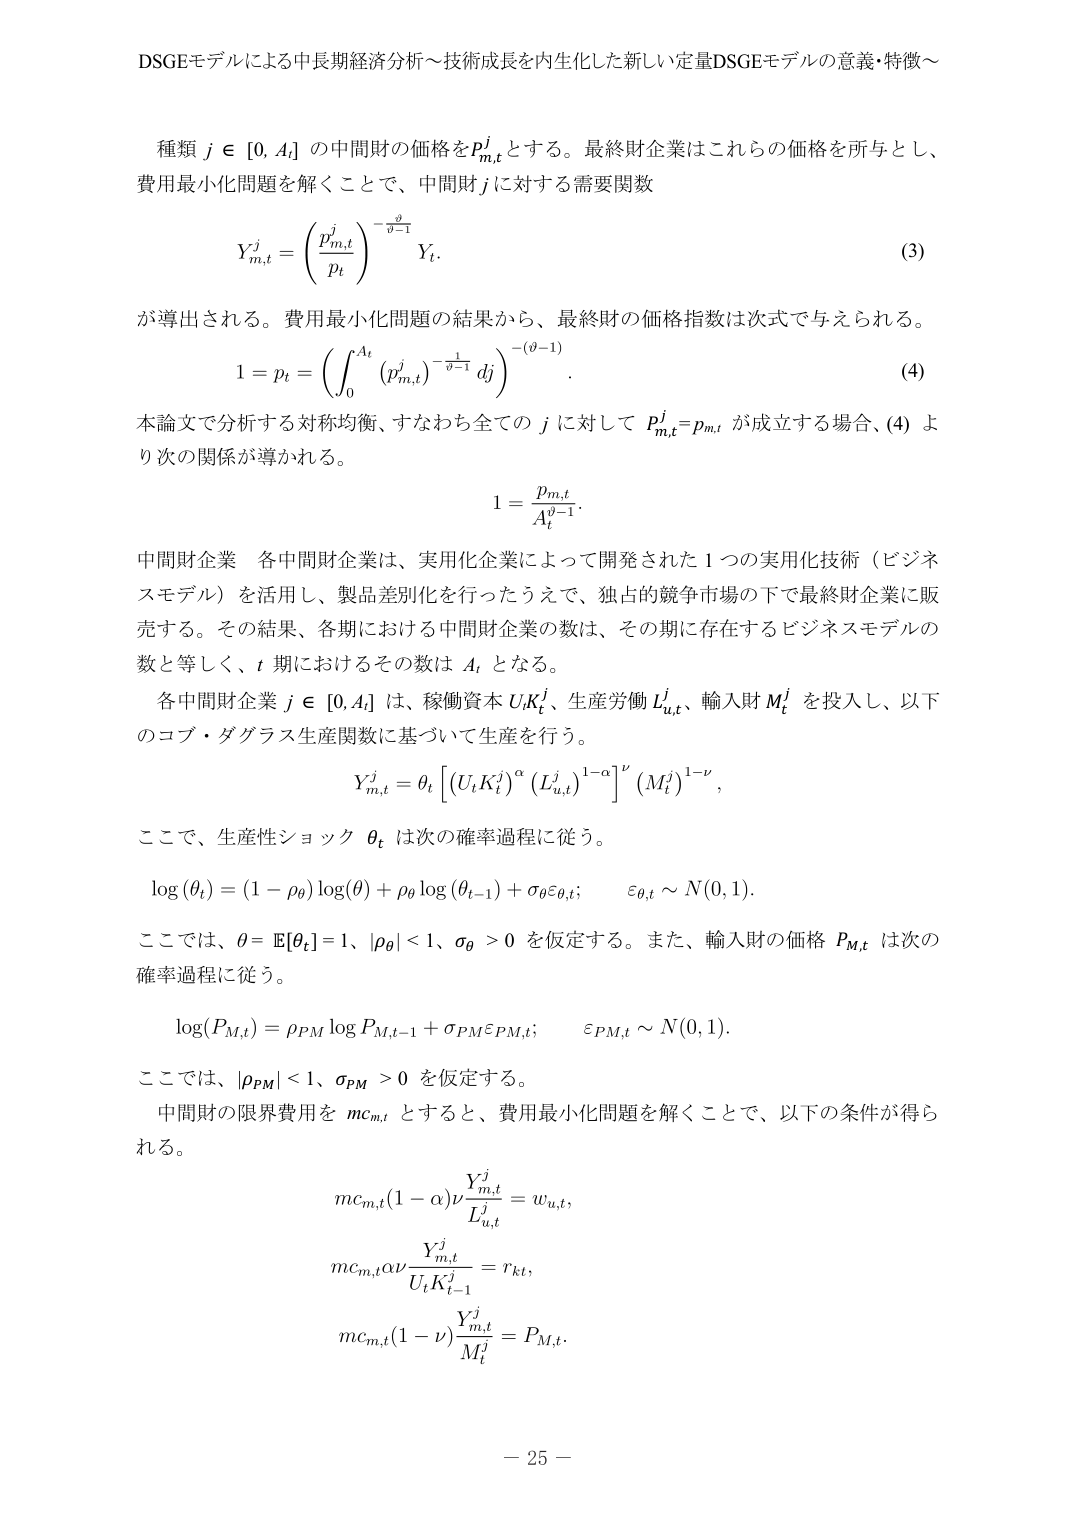
DSGEモデルによる中長期経済分析～技術成長を内生化した新しい定常DSGEモデルの意義・特徴～

種類 $j \in [0, A_t]$ の中間財の価格を $p_{m,t}^j$ とする。最終財企業はこれらの価格を所与とし、費用最小化問題を解くことで、中間財 $j$ に対する需要関数

$$
Y_{m,t}^j = \left( \frac{p_{m,t}^j}{p_t} \right)^{-\frac{\vartheta}{\vartheta-1}} Y_t.
\tag{3}
$$

が導出される。費用最小化問題の結果から、最終財の価格指数は次式で与えられる。

$$
1 = p_t = \left( \int_0^{A_t} \left( p_{m,t}^j \right)^{-\frac{1}{\vartheta-1}} dj \right)^{-(\vartheta-1)}.
\tag{4}
$$

本論文で分析する対称均衡、すなわち全ての $j$ に対して $p_{m,t}^j = p_{m,t}$ が成立する場合、(4) より次の関係が導かれる。

$$
1 = \frac{p_{m,t}}{A_t^{\frac{1}{\vartheta-1}}}.
$$

中間財企業 各中間財企業は、実用化企業によって開発された 1 つの実用化技術（ビジネスモデル）を活用し、製品差別化を行ったうえで、独占的競争市場の下で最終財企業に販売する。その結果、各期における中間財企業の数は、その期に存在するビジネスモデルの数と等しく、$t$ 期におけるその数は $A_t$ となる。

各中間財企業 $j \in [0, A_t]$ は、稼働資本 $U_t K_t^j$、生産労働 $L_{u,t}^j$、輸入財 $M_t^j$ を投入し、以下のコブ・ダグラス生産関数に基づいて生産を行う。

$$
Y_{m,t}^j = \theta_t \left[ \left( U_t K_t^j \right)^\alpha \left( L_{u,t}^j \right)^{1-\alpha} \right]^\nu \left( M_t^j \right)^{1-\nu},
$$

ここで、生産性ショック $\theta_t$ は次の確率過程に従う。

$$
\log(\theta_t) = (1 - \rho_\theta) \log(\theta) + \rho_\theta \log(\theta_{t-1}) + \sigma_\theta \varepsilon_{\theta,t}; \quad \varepsilon_{\theta,t} \sim N(0,1).
$$

ここでは、$\theta = \mathbb{E}[\theta_t] = 1$、$|\rho_\theta| < 1$、$\sigma_\theta > 0$ を仮定する。また、輸入財の価格 $P_{M,t}$ は次の確率過程に従う。

$$
\log(P_{M,t}) = \rho_{PM} \log P_{M,t-1} + \sigma_{PM} \varepsilon_{PM,t}; \quad \varepsilon_{PM,t} \sim N(0,1).
$$

ここでは、$|\rho_{PM}| < 1$、$\sigma_{PM} > 0$ を仮定する。

中間財の限界費用を $mc_{m,t}$ とすると、費用最小化問題を解くことで、以下の条件が得られる。

$$
mc_{m,t} (1 - \alpha) \nu \frac{Y_{m,t}^j}{L_{u,t}^j} = w_{u,t},
$$
$$
mc_{m,t} \alpha \nu \frac{Y_{m,t}^j}{U_t K_{t-1}^j} = r_{kt},
$$
$$
mc_{m,t} (1 - \nu) \frac{Y_{m,t}^j}{M_t^j} = P_{M,t}.
$$

－ 25 －